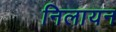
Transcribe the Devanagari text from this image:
निलायन